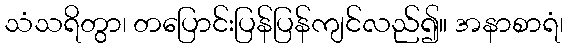
သံသရိတွာ၊ တပြောင်းပြန်ပြန်ကျင်လည်၍။ အနာစာရံ၊